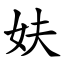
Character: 妋